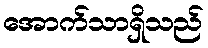
အောက်သာရှိသည်